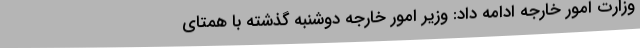
وزارت امور خارجه ادامه داد: وزیر امور خارجه دوشنبه گذشته با همتای